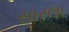
સારલા